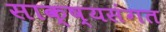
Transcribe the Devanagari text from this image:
साक्ष्यसंगत